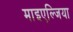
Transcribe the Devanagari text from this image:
माइएल्जिया